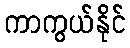
ကာကွယ်နိုင်